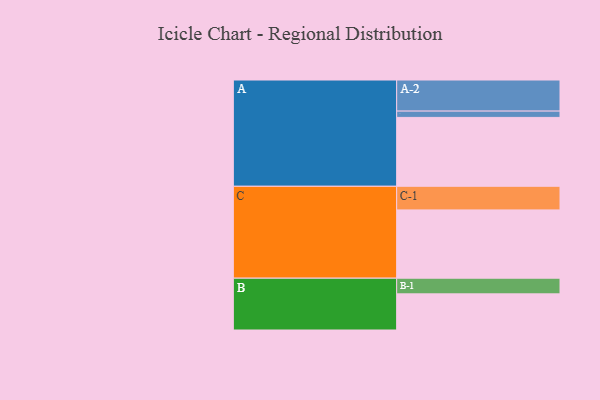
{"axis": {"x": "Segment", "y": "Value"}, "legend": ["", "A", "B", "C"], "data": [{"x": "A", "y": 589, "type": ""}, {"x": "B", "y": 309, "type": ""}, {"x": "C", "y": 584, "type": ""}, {"x": "A-1", "y": 54, "type": "A"}, {"x": "A-2", "y": 266, "type": "A"}, {"x": "B-1", "y": 134, "type": "B"}, {"x": "C-1", "y": 202, "type": "C"}]}